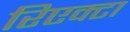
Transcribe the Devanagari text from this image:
रिएक्टा